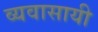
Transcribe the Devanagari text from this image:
व्यवासायी